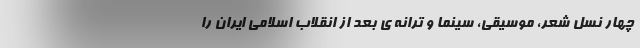
چهار نسل شعر، موسیقی، سینما و ترانه ی بعد از انقلاب اسلامی ایران را